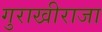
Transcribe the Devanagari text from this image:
गुराखीराजा